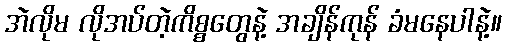
အဲလိုမ လိုအပ်တဲ့ကိစ္စတွေနဲ့ အချိန်ကုန် ခံမနေပါနဲ့။